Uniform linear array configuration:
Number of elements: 64
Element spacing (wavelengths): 0.5
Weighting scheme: cosine
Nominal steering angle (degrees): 30
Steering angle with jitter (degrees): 29.068
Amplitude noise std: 0.05
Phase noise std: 0.05

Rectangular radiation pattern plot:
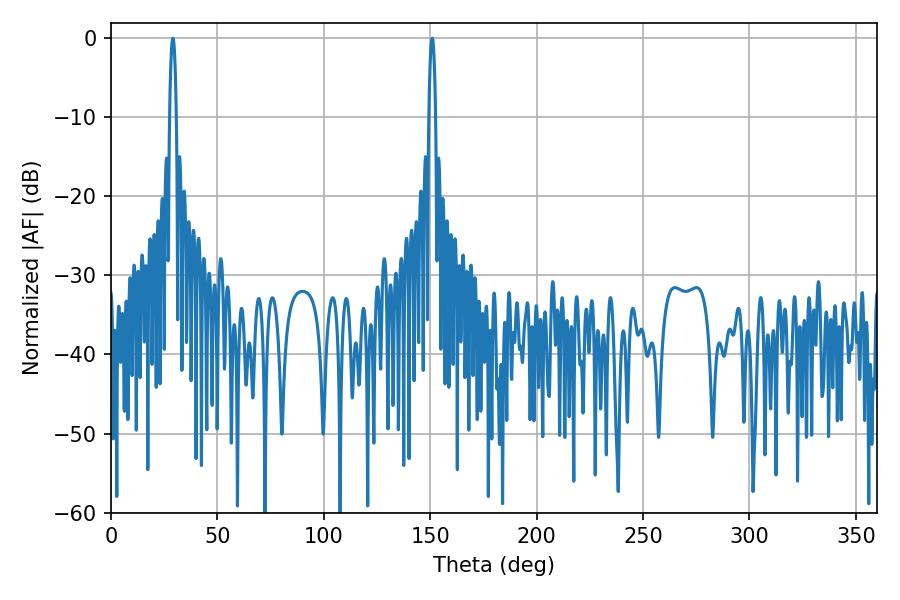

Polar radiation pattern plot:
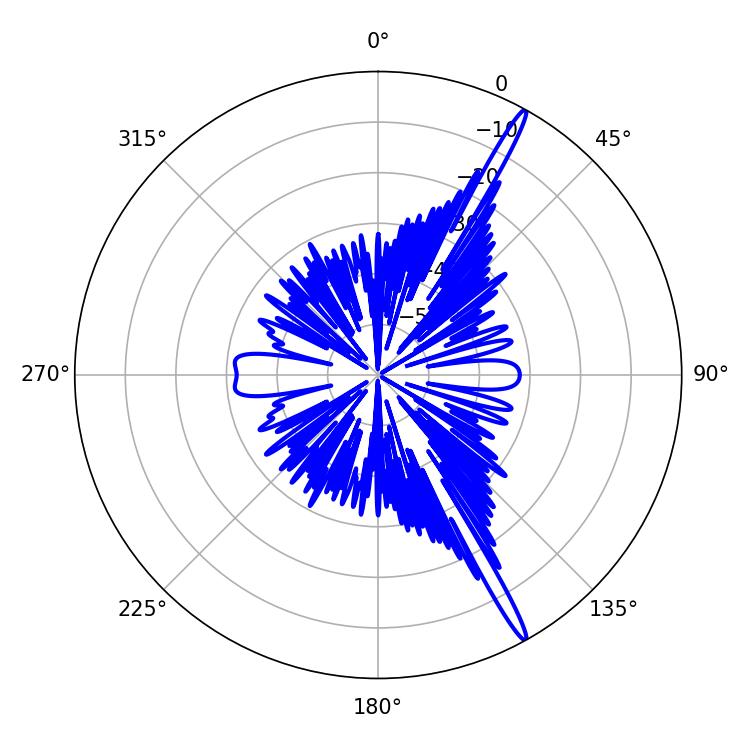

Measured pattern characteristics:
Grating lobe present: FALSE
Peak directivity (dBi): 17.571
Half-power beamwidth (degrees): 1.62
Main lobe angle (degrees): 29.16